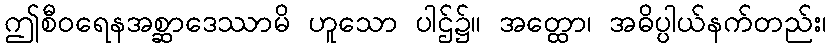
ဤစီဝရေနအစ္ဆာဒေဿာမိ ဟူသော ပါဌ်၌။ အတ္ထော၊ အဓိပ္ပါယ်နက်တည်း၊